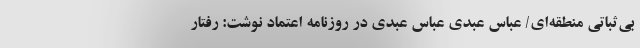
بی‌ثباتی منطقه‌ای/ عباس عبدی عباس عبدی در روزنامه اعتماد نوشت: رفتار